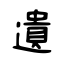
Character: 遺